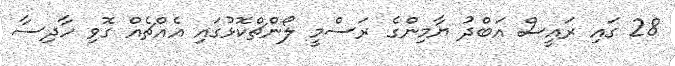
28 ގައި ރައީސް އަބްދު ޔާމިންގެ ރަސްމީ ލޯންޗްކޮޅުގައި އެއްޗެއް ގޮވި ހާދިސާ